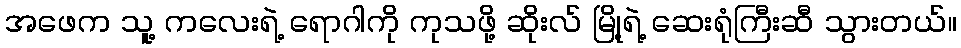
အဖေက သူ့ ကလေးရဲ့ ရောဂါကို ကုသဖို့ ဆိုးလ် မြို့ရဲ့ ဆေးရုံကြီးဆီ သွားတယ်။